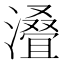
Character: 𣿫